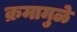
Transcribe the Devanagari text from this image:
क्रमामुळे